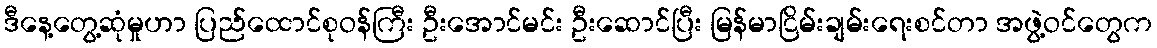
ဒီနေ့တွေ့ဆုံမှုဟာ ပြည်ထောင်စုဝန်ကြီး ဦးအောင်မင်း ဦးဆောင်ပြီး မြန်မာငြိမ်းချမ်းရေးစင်တာ အဖွဲ့ဝင်တွေက